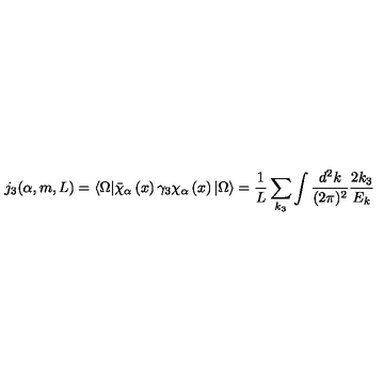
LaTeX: j _ { 3 } ( \alpha , m , L ) = \langle \Omega | \bar { \chi } _ { \alpha } \left( x \right) \gamma _ { 3 } \chi _ { \alpha } \left( x \right) | \Omega \rangle = \frac { 1 } { L } \sum _ { k _ { 3 } } \int \frac { d ^ { 2 } k } { ( 2 \pi ) ^ { 2 } } \frac { 2 k _ { 3 } } { E _ { k } }